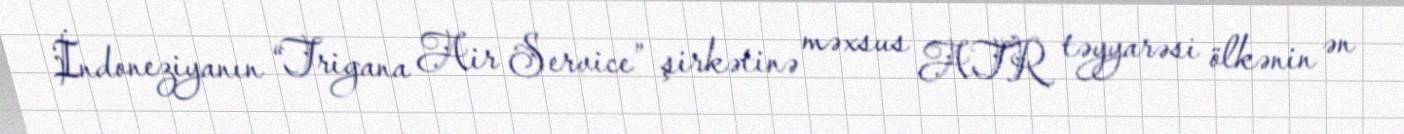
İndoneziyanın “Trigana Air Service” şirkətinə məxsus ATR təyyarəsi ölkənin ən